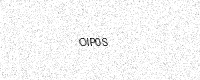
Text: OIP0S